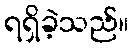
ရရှိခဲ့သည်။